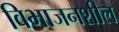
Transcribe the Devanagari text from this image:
विभाजनशील